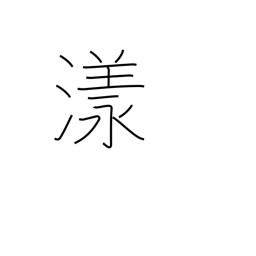
Meaning: drift